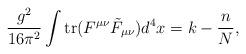
LaTeX: \begin{align*}\frac {g^2}{16 \pi^2} \int \hbox{tr} (F^{\mu \nu} \tilde{F}_{\mu\nu}) d^4 x= k- \frac {n}{N},\end{align*}